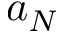
a _ { N }